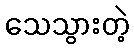
သေသွားတဲ့